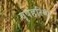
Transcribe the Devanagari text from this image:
वृषहरिण